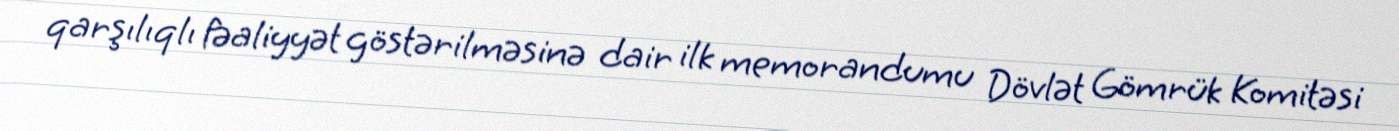
qarşılıqlı fəaliyyət göstərilməsinə dair ilk memorandumu Dövlət Gömrük Komitəsi